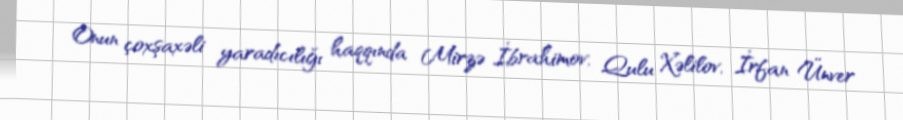
Onun çoxşaxəli yaradıcılığı haqqında Mirzə İbrahimov, Qulu Xəlilov, İrfan Ünver